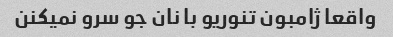
واقعا ژامبون تنوریو با نان جو سرو نمیکنن